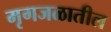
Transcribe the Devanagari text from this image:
मृगजळातील